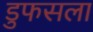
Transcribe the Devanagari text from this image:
डुफसला